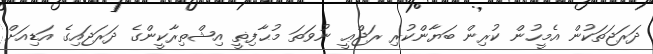
ދަރަޖަތަކުން އެމީހުން ކުރިން ބަޔާންކުރި ރަޖްޢީ ނުވަތަ މުޙާފިޡީ އިޝްތިރާކީންގެ ދަރަޖައިގެ އަޑިއަށް